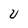
Character: U